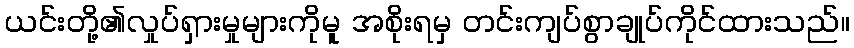
ယင်းတို့၏လှုပ်ရှားမှုများကိုမူ အစိုးရမှ တင်းကျပ်စွာချုပ်ကိုင်ထားသည်။